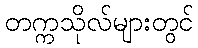
တက္ကသိုလ်များတွင်